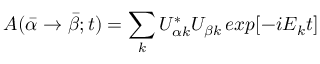
A ( \bar { \alpha } \rightarrow \bar { \beta } ; t ) = \sum _ { k } U _ { \alpha k } ^ { * } U _ { \beta k } \, e x p [ - i E _ { k } t ]